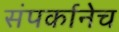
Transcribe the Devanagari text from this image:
संपर्कानेच